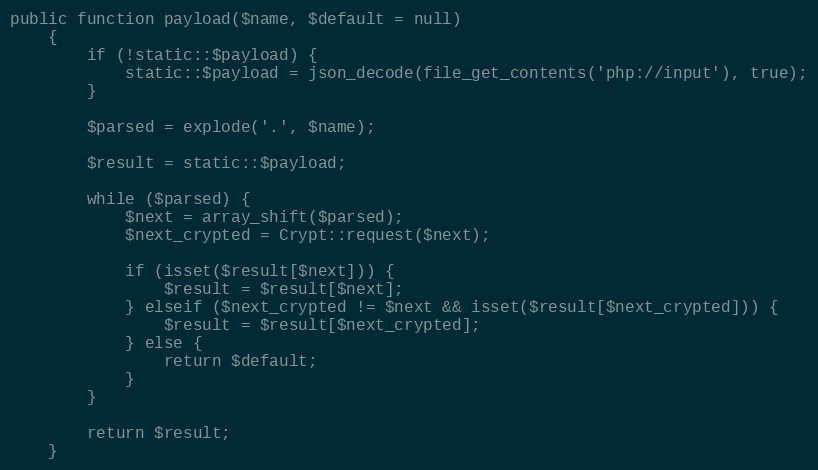
Language: PHP
public function payload($name, $default = null)
    {
        if (!static::$payload) {
            static::$payload = json_decode(file_get_contents('php://input'), true);
        }

        $parsed = explode('.', $name);

        $result = static::$payload;

        while ($parsed) {
            $next = array_shift($parsed);
            $next_crypted = Crypt::request($next);

            if (isset($result[$next])) {
                $result = $result[$next];
            } elseif ($next_crypted != $next && isset($result[$next_crypted])) {
                $result = $result[$next_crypted];
            } else {
                return $default;
            }
        }

        return $result;
    }